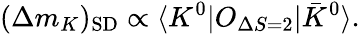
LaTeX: (\Delta m_{K})_{\mathrm{SD}}\propto\langle{K^{0}|O_{\Delta S=2}|\bar{K}^{0}}\rangle.